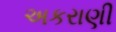
અકરાણી